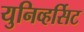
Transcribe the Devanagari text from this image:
युनिव्हर्सिट